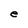
Character: e